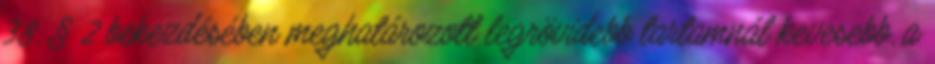
38. § 2 bekezdésében meghatározott legrövidebb tartamnál kevesebb, a